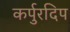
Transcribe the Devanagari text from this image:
कर्पुरदिप